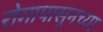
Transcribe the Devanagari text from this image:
रोगापासुनच्या